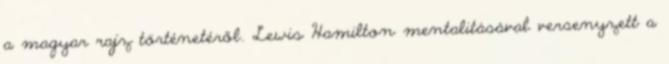
a magyar rajz történetéről. Lewis Hamilton mentalitásával versenyzett a